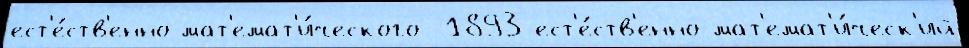
ест'е́ств'енно-мат'емат'и́ческого  1893 ест'е́ств'енно-мат'емат'и́ческ'ий